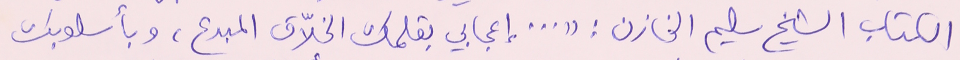
الكتاب الشيخ سليم الخازن : " ... إعجابي بقلمك الخلاّق المبدع، وبأسلوبك